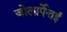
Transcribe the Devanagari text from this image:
जोलार्पेत्तई